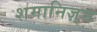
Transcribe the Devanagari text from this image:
शमानिज़्म